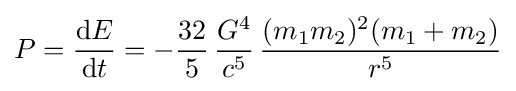
P={\frac {\mathrm {d} E}{\mathrm {d} t}}=-{\frac {32}{5}}\,{\frac {G^{4}}{c^{5}}}\,{\frac {(m_{1}m_{2})^{2}(m_{1}+m_{2})}{r^{5}}}